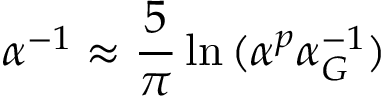
\alpha ^ { - 1 } \approx { \frac { 5 } { \pi } } \ln { ( \alpha ^ { p } \alpha _ { G } ^ { - 1 } ) }